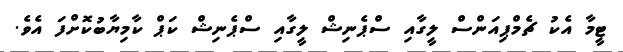
ޓީމާ އެކު ޗެމްޕިއަންސް ލީގާއި ސްޕެނިޝް ލީގާއި ސްޕެނިޝް ކަޕް ކާމިޔާބުކޮށްފަ އެެވެ.